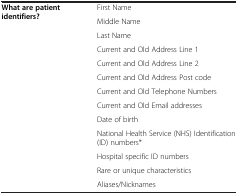
|  |  |
 | --- | --- |
 | What are patient identifiers? | First Name |
 |  | Middle Name |
 |  | Last Name |
 |  | Current and Old Address Line 1 |
 |  | Current and Old Address Line 2 |
 |  | Current and Old Address Post code |
 |  | Current and Old Telephone Numbers |
 |  | Current and Old Email addresses |
 |  | Date of birth |
 |  | National Health Service (NHS) Identification (ID) numbers* |
 |  | Hospital specific ID numbers |
 |  | Rare or unique characteristics |
 |  | Aliases/Nicknames |